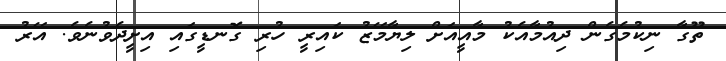
ތޫގާ ނިކުމެގެން ދިއުމާއެކު މާއީއަށް ލިޔާމޭޒު ކައިރީ ހުރި ގޮނޑީގައި އިށީދެވުނެވެ. އޭރު